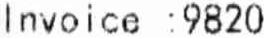
INVOICE :9820